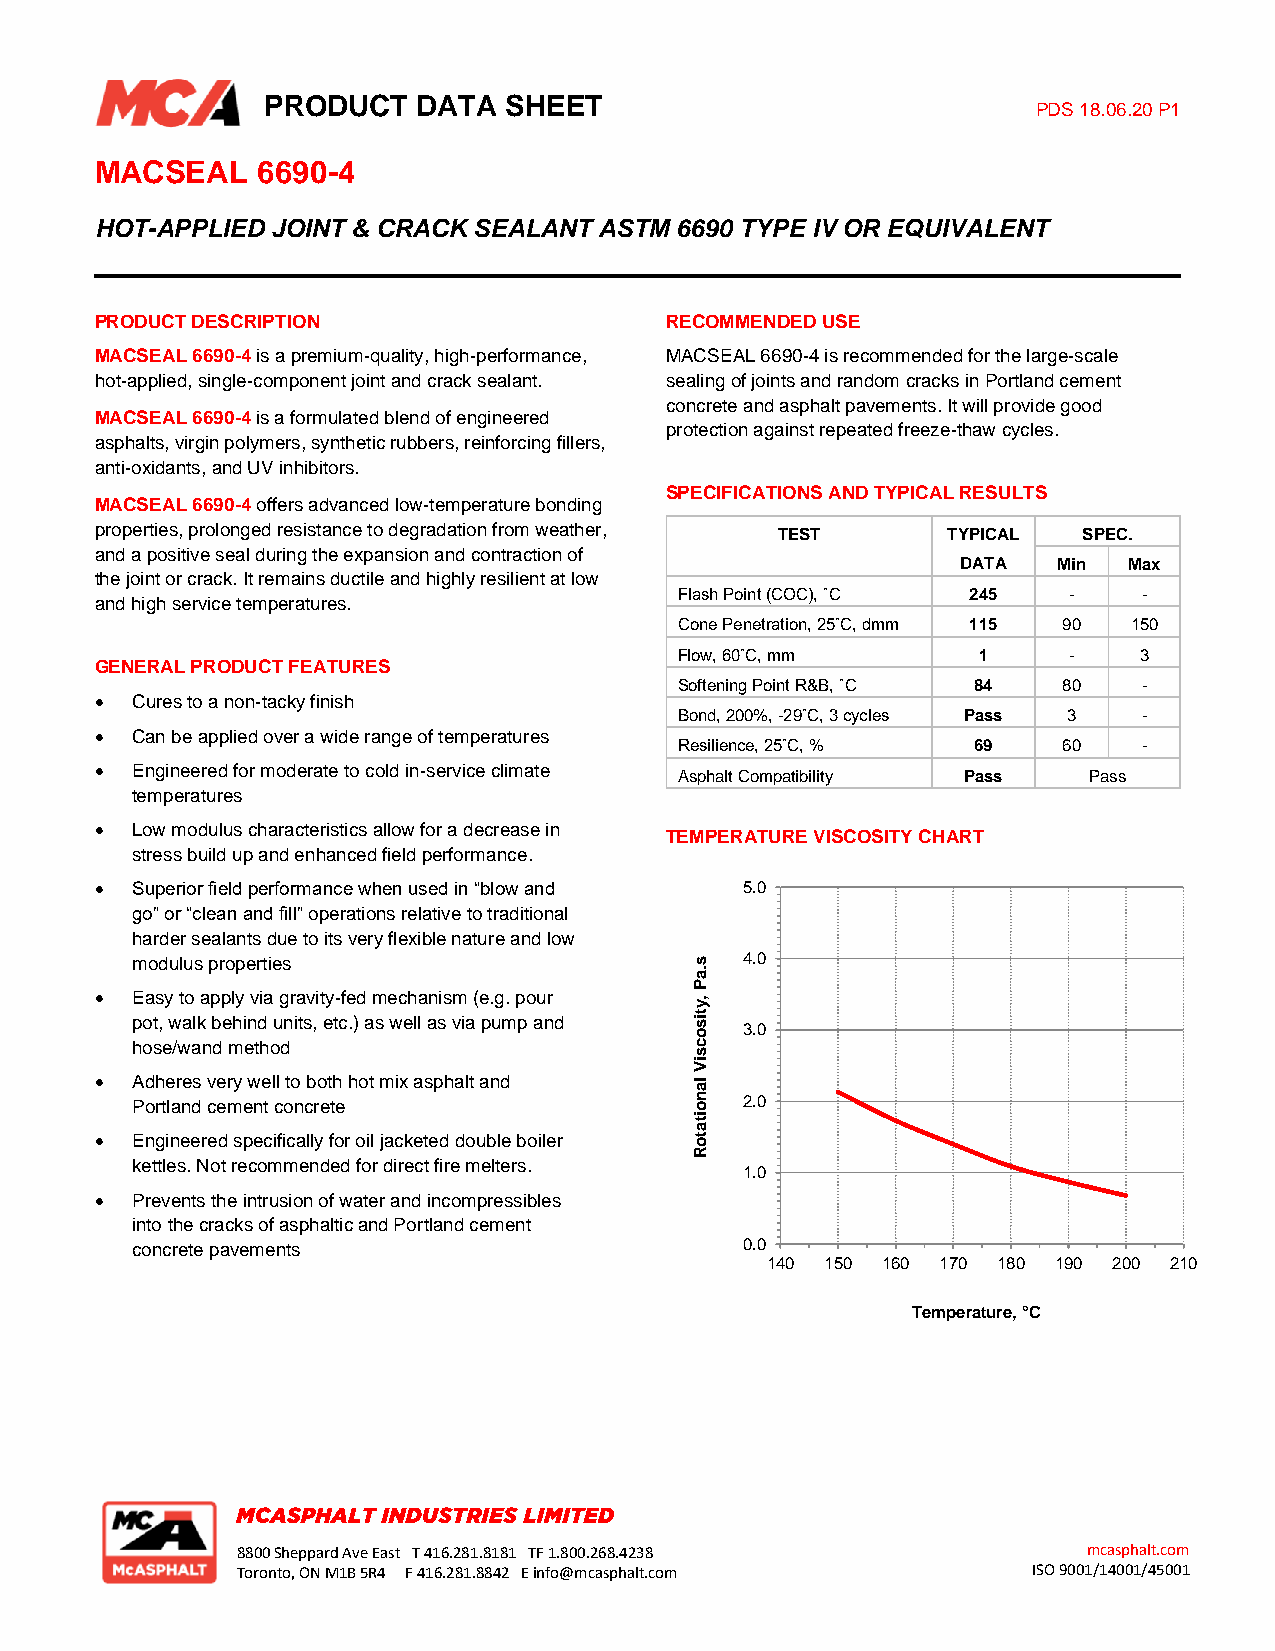
PRODUCT    DATA SHEET
 PDS 18.06.20 P1
 MACSEAL    6690-4
 HOT-APPLIED JOINT & CRACK SEALANT ASTM 6690 TYPE IV OR EQUIVALENT
 PRODUCT DESCRIPTION                   RECOMMENDED USE
 MACSEAL 6690-4 is a premium-quality, high-performance, MACSEAL 6690-4 is recommended for the large-scale
 hot-applied, single-component joint and crack sealant. sealing of joints and random cracks in Portland cement
 concrete and asphalt pavements. It will provide good
 MACSEAL 6690-4 is a formulated blend of engineered
 protection against repeated freeze-thaw cycles.
 asphalts, virgin polymers, synthetic rubbers, reinforcing fillers,
 anti-oxidants, and UV inhibitors.
 SPECIFICATIONS AND TYPICAL RESULTS
 MACSEAL 6690-4 offers advanced low-temperature bonding
 properties, prolonged resistance to degradation from weather, TEST TYPICAL SPEC.
 and a positive seal during the expansion and contraction of
 DATA  Min  Max
 the joint or crack. It remains ductile and highly resilient at low
 Flash Point (COC), ˚C 245 -    -
 and high service temperatures.
 Cone Penetration, 25˚C, dmm 115 90 150
 Flow, 60˚C, mm      1     -   3
 GENERAL PRODUCT FEATURES
 Softening Point R&B, ˚C 84 80  -
 •  Cures to a non-tacky finish
 Bond, 200%, -29˚C, 3 cycles Pass 3 -
 •  Can be applied over a wide range of temperatures
 Resilience, 25˚C, % 69   60    -
 •  Engineered for moderate to cold in-service climate Asphalt Compatibility Pass Pass
 temperatures
 •  Low modulus characteristics allow for a decrease in
 TEMPERATURE VISCOSITY CHART
 stress build up and enhanced field performance.
 •  Superior field performance when used in “blow and 5.0
 go” or “clean and fill” operations relative to traditional
 harder sealants due to its very flexible nature and low
 modulus properties                   s  4.0
 .a
 P
 •  Easy to apply via gravity-fed mechanism (e.g. pour ,y
 pot, walk behind units, etc.) as well as via pump and tis
 o  3.0
 hose/wand method                     c
 s
 iV
 •  Adheres very well to both hot mix asphalt and la
 Portland cement concrete             n o 2.0
 ita
 •  Engineered specifically for oil jacketed double boiler to
 R
 kettles. Not recommended for direct fire melters.
 1.0
 •  Prevents the intrusion of water and incompressibles
 into the cracks of asphaltic and Portland cement
 concrete pavements                      0.0
 140 150 160 170 180 190 200 210
 Temperature, °C
 8800 Sheppard Ave East T 416.281.8181 TF 1.800.268.4238 mcasphalt.com
 Toronto, ON M1B 5R4 F 416.281.8842 E info@mcasphalt.com ISO 9001/14001/45001